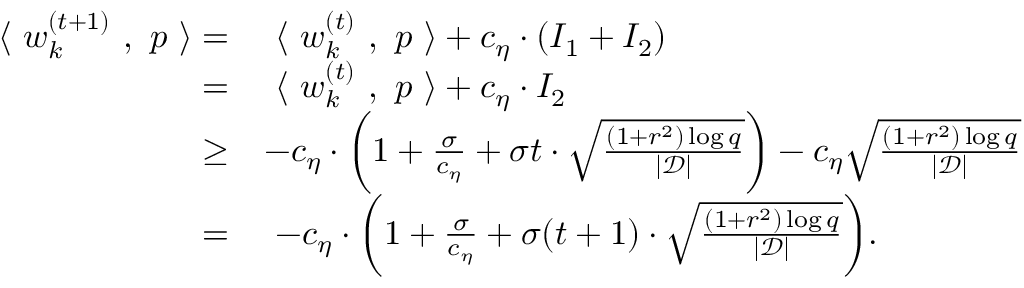
\begin{array} { r l } { ~ \langle ~ { \boldsymbol w } _ { k } ^ { ( t + 1 ) } ~ , ~ { \boldsymbol p } ~ \rangle = } & { ~ \langle ~ { \boldsymbol w } _ { k } ^ { ( t ) } ~ , ~ { \boldsymbol p } ~ \rangle + c _ { \eta } \cdot ( I _ { 1 } + I _ { 2 } ) } \\ { = } & { ~ \langle ~ { \boldsymbol w } _ { k } ^ { ( t ) } ~ , ~ { \boldsymbol p } ~ \rangle + c _ { \eta } \cdot I _ { 2 } } \\ { \ge } & { - c _ { \eta } \cdot \bigg ( 1 + \frac { \sigma } { c _ { \eta } } + \sigma t \cdot \sqrt { \frac { ( 1 + r ^ { 2 } ) \log q } { | \mathcal { D } | } } \bigg ) - c _ { \eta } \sqrt { \frac { ( 1 + r ^ { 2 } ) \log q } { | \mathcal { D } | } } } \\ { = } & { ~ - c _ { \eta } \cdot \bigg ( 1 + \frac { \sigma } { c _ { \eta } } + \sigma ( t + 1 ) \cdot \sqrt { \frac { ( 1 + r ^ { 2 } ) \log q } { | \mathcal { D } | } } \bigg ) . } \end{array}